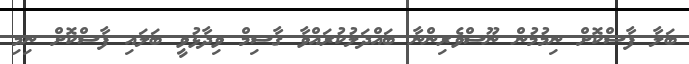
ބަލާ ފާސްކޮށް ނިމުމުން ނޫސްވެރިންނާ ބައްދަލުކުރައްވާ ގާސިމް ވިދާޅުވީ ބަލައި ފާސްކޮށް ނިމި